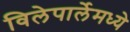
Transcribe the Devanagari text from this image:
विलेपार्लेमध्ये